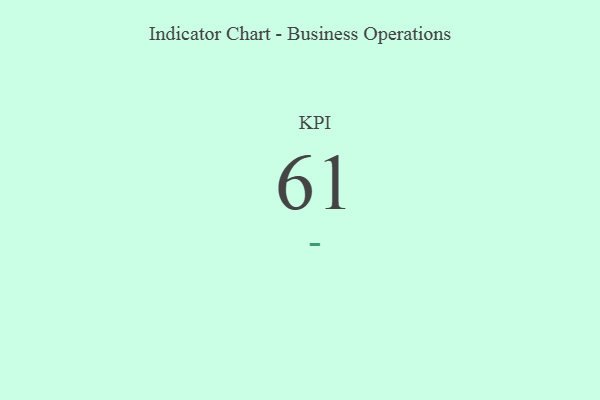
{"axis": {"x": "KPI", "y": "Value"}, "legend": [""], "data": [{"x": "KPI", "y": 61, "type": ""}]}